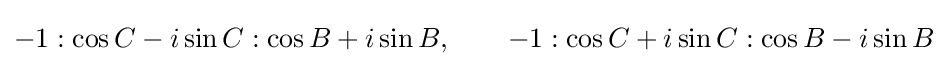
-1:\cos C-i\sin C:\cos B+i\sin B,\qquad -1:\cos C+i\sin C:\cos B-i\sin B